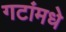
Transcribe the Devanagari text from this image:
गटांमधे